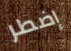
إضطر